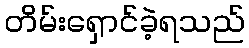
တိမ်းရှောင်ခဲ့ရသည်